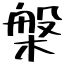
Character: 槃